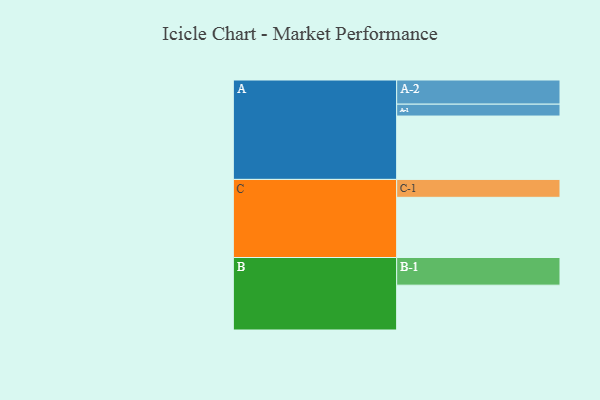
{"axis": {"x": "Segment", "y": "Value"}, "legend": ["", "A", "B", "C"], "data": [{"x": "A", "y": 598, "type": ""}, {"x": "B", "y": 423, "type": ""}, {"x": "C", "y": 568, "type": ""}, {"x": "A-1", "y": 112, "type": "A"}, {"x": "A-2", "y": 228, "type": "A"}, {"x": "B-1", "y": 261, "type": "B"}, {"x": "C-1", "y": 169, "type": "C"}]}